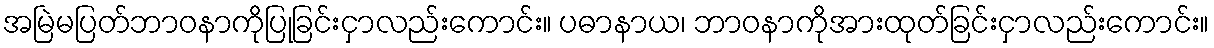
အမြဲမပြတ်ဘာဝနာကိုပြုခြင်းငှာလည်းကောင်း။ ပဓာနာယ၊ ဘာဝနာကိုအားထုတ်ခြင်းငှာလည်းကောင်း။